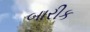
બારીક